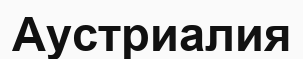
Аустриалия